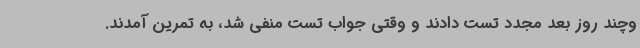
وچند روز بعد مجدد تست دادند و وقتی جواب تست منفی شد، به تمرین آمدند.